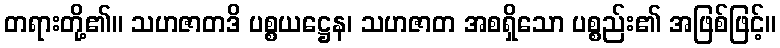
တရားတို့၏။ သဟဇာတဒိ ပစ္စယဋ္ဌေန၊ သဟဇာတ အစရှိသော ပစ္စည်း၏ အဖြစ်ဖြင့်။